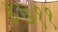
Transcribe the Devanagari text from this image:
४७११